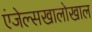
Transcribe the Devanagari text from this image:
एंजेल्सखालोखाल